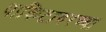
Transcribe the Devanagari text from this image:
पाकिटावरच्या